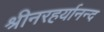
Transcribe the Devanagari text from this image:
श्रीनरहर्यानन्द